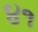
૪૧